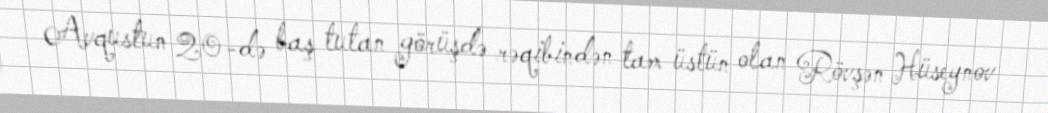
Avqustun 20-də baş tutan görüşdə rəqibindən tam üstün olan Rövşən Hüseynov